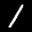
Label: 1